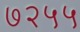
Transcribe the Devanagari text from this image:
७२५५